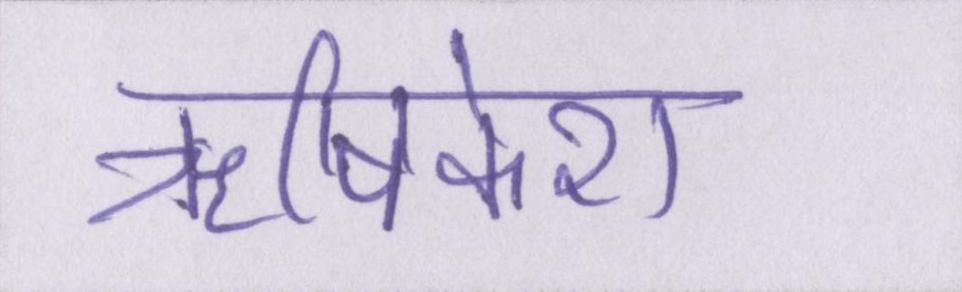
ॠषिकेश